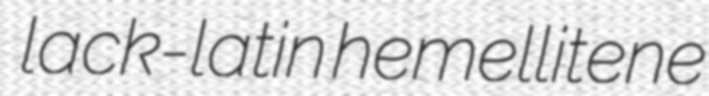
lack-latin hemellitene